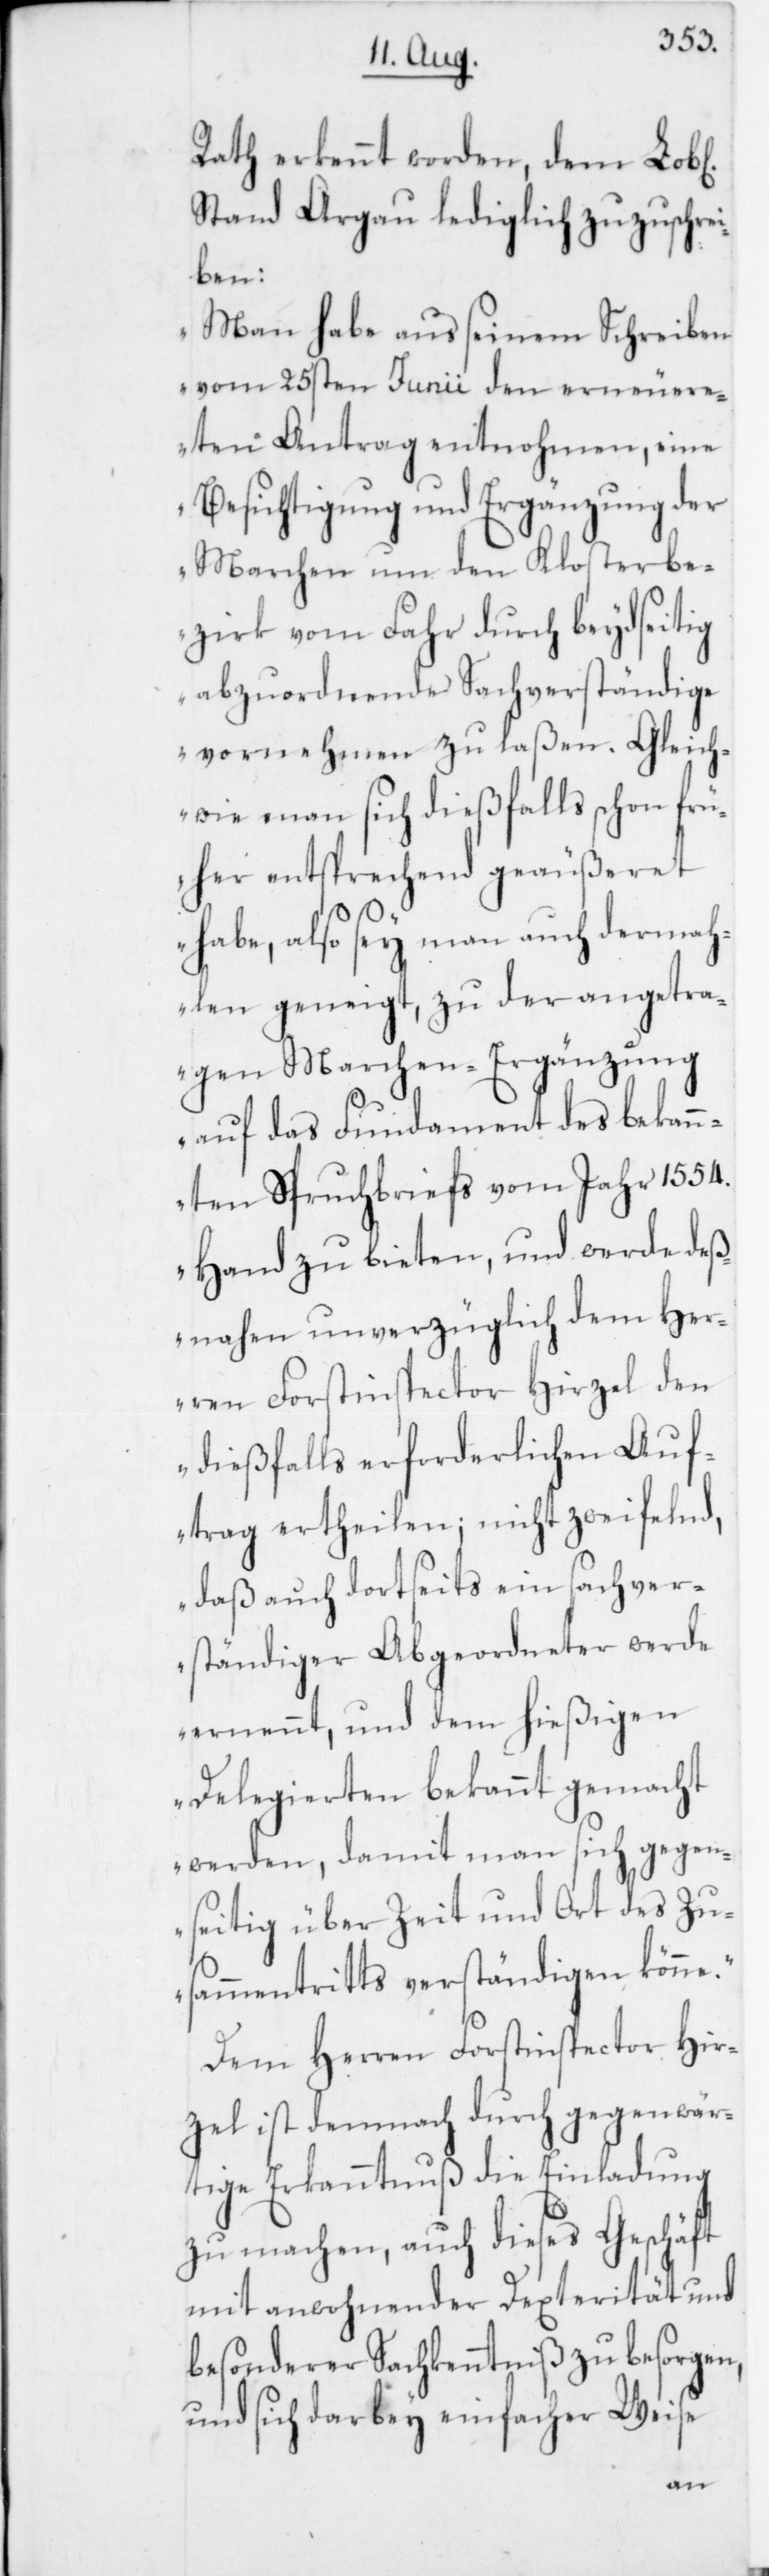
Rath erkennt worden, dem Lob[l¬
Stand Argau lediglich zuzuschrei¬
ben:
„Man habe aus seinem Schreiben
vom 25sten Junii den erneuere¬
ten Antrag entnohmen, eine
Besichtigung und Ergänzung der
Marchen um den Klosterbe¬
zirk vom Fahr durch beydseitig
abzuordnende Sachverständige
vornehmen zu laßen. Gleich¬
wie man sich dießfalls schon frü¬
her entsprechend geäußeret
habe, also sey man auch dermah¬
len geneigt, zu der angetra¬
genen Marchen-Ergänzung
auf das Fundament des bekan¬
nten Spruchbriefs vom Jahr 1554.
Hand zu bieten, und werde deß¬
nahen unverzüglich dem Her¬
ren Forstinspector Hirzel den
dießfalls erforderlichen Auf¬
trag ertheilen; nicht zweifelnd,
daß auch dortseits ein sachver¬
ständiger Abgeordneter werde
ernennt, und dem hießigen
Delegierten bekannt gemacht
werden, damit man sich gegen¬
seitig über Zeit und Ort des Zu¬
sammentritts verständigen könne.“
Dem Herren Forstinspector Hir¬
zel ist demnach durch gegenwär¬
tige Erkanntnuß die Einladung
zu machen, auch dieses Geschäft
mit anwohnender Dexterität und
besonderer Sachkenntniß zu besorgen,
und sich darbey einfacher Weise